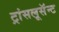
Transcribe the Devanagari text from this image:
ट्रांसलूसॅन्ट